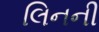
લિનની